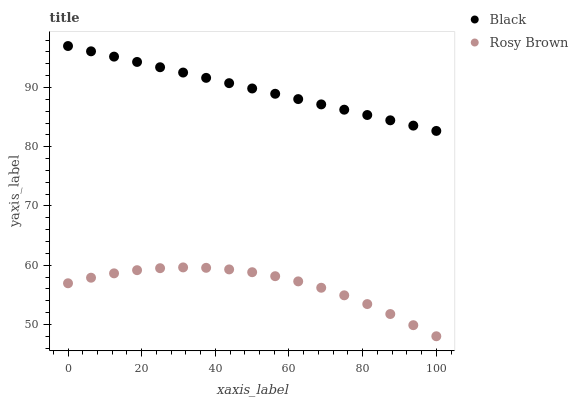
| xaxis_label | Black | Rosy Brown |
 | --- | --- | --- |
 | 0 | 97 | 56.9 |
 | 6.25 | 96.1 | 57.9 |
 | 12.5 | 95.2 | 58.6 |
 | 18.8 | 94.3 | 59.2 |
 | 25 | 93.4 | 59.5 |
 | 31.2 | 92.5 | 59.6 |
 | 37.5 | 91.6 | 59.6 |
 | 43.8 | 90.7 | 59.3 |
 | 50 | 89.8 | 58.8 |
 | 56.2 | 88.9 | 58.1 |
 | 62.5 | 88 | 57.3 |
 | 68.8 | 87.1 | 56.2 |
 | 75 | 86.2 | 54.9 |
 | 81.2 | 85.4 | 53.4 |
 | 87.5 | 84.5 | 51.8 |
 | 93.8 | 83.6 | 49.9 |
 | 100 | 82.7 | 48 |